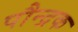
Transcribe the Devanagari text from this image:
पौन्द्रक